Vital statistics of India. Vol. V, Reports of 1876 on armies & jails and on epidemic cholera
Year: 1876
Disease focus: Cholera
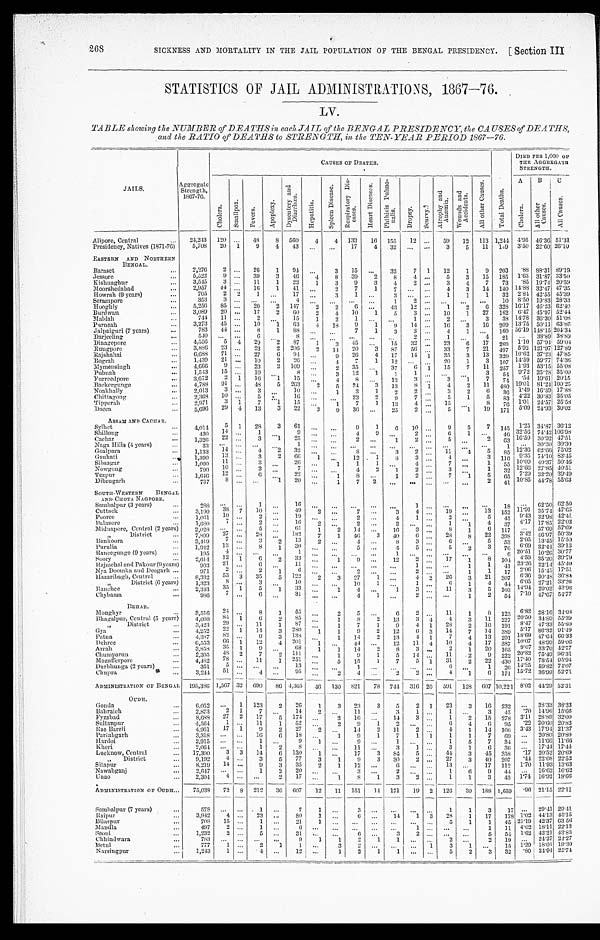
268
SICKNESS AND MORTALITY IN THE JAIL POPULATION OF THE BENGAL PRESIDENCY. [Section III
STATISTICS OF JAIL ADMINISTRATIONS, 1867—76.
LV.
TABLE showing the NUMBER of DEATHS in each JAIL of the BENGAL PRESIDENCY, the CAUSES of DEATHS,
and the RATIO of DEATHS to STRENGTH, in the TEN-YEAR PERIOD 1867—76.
JAILS.
A g g r e g a t e S t r e n g t h , 1 8 6 7 - 7 6 .
CAUSES OF DEATHS.
T o t a l D e a t h s .
DIED PER 1,000 O F T H E A G G R E G A T E
STRENGTH.
C h o l e r a . S m a l l p o x . F e v e r s .
A p o p l e x y .
D y s e n t e r y a n d D i a r r h œ a .
H e p a t i t i s .
S p l e e n D i s e a s e . R e s p i r a t o r y D i s - e a s e s .
H e a r t D i s e a s e s .
P h t h i s i s P u l m o - n a l i s .
D r o p s y . S c u r v y .
A t r o p h y a n d A n æ m i a .
W o u n d s a n d A c c i d e n t s .
A l l o t h e r C a u s e s .
A
B C
C h o l e r a .
Al l o t h e r Ca u s e s .
A l l C a u s e s .
Alipore, Central
24,243 120
48
8 560 4 4 133 16 155 12
59 12 113 1,244 4.95 46.36 51.31
Presidency, Natives (1871-76) 5,708 20 1 9 4 43
17 4 32
3 5
1 1 149 3.50 22.60 26.10
EASTERN AND NORTHERN
BENGAL.
Baraset
2,276 2
26 1 94
3 15
32 7 1 12 1 9 203 .88 88.31 89.19
J e s s o r e 5,522 9
39 3 46
4 8 39
2
8
4
5 3 15 185 1.63 31.87 33.50
Kishnaghur
3,545 3
11 1 22 1 3 9 3
4 2
3
4 7 73 .85 19.74 20.59
Moorshedabad
2,957 44
16 1 41
2 7 1
7
4 3 14 140 14.88 32.47 47.35
Howrah (9 years)
705 2 2 1
17
3
1
3
1 1 1 32 2.84 42.55 45.39
S e r a m p o r e
353
3
4
1
2
10 8.50 19.83 28.33
Hooghly
5,256 85
20 2 147
2 2 6
43 12
1 2
6 328 16.17 46.23 62.40
Burdwan
3,089 20
17 2 60 2 4 10 1 5 3
10 1 27 162
6 . 4 7 45.97 52.44
Maldah
744 11
2
15 1 2 1
1
2
3 38
1 4 . 7 8 36.30 51.08
Parneah 3,273 45
10 1 63 4 18 9 1
9 14
16 3 16 209 13.75 50.11 63.86
Jalpaiguri (7 years)
783 44
8 1 88
7 1 3 3
4 1
160 56.19 148.15 204.34
Darjeeling
540
6
8
2
1
4 21
38.89 38.89
D i n a g e p o r e 4,556 5 4 29 2
8 7 1
3
4 5
1 5 3 2
2 3 6
17
2 6 9 1.10 57.94 59.04
Rungpore
3,886 23
23 2 206
2
1 4 20 3
8 7
5 6
33
7 21
4 9 7 5.92 121.97 127.89
Rajshahai 6,688 71
27 6 94
9 26 4 17 14 1
3 5 3 13
3 2 0 10.62 37.23 47.85
Bograh 1,439 21
10 2 26
4
7 1 12
20 1 3 107 14.59 59.77 74.36
Mymensingh
4,666 9
23 2 109
2 35
3 7 6 1 15 7 11
2 5 7 1.93 53.15 55.08
Pubnah
1,543 15
10
8
3 12
1 1 1
3 54 9.72 25.28 35.00
Furreedpore
3,672
2 1 16 1 15
4
8
13 3
3 1 7 74 .54 19.61 20.15
Backergunge
4,788 91
48 5 263 2 5 24 3 13
8 1 4 2 11 480 19.01 81.24 100.25
Noakhally
2,013 3
3
10
1 3 1 2 2
3 2 6 36
1 . 4 9 16.39 17.88
Chittagong
2 , 3 6 8
1 0
5
16
23 2
9 7
5 1 5
8 3 4.22 30.83 35.05
Tipperah
2 , 9 7 1
3 1 7 1 15
1 7 1 13 4
15
8
7 6 1.01 24.57 25.58
Dacca
5,696 29 4 13 3 22 3 9 36
2 5 2
5 1 19 171 5.09 24.93 30.02
ASSAM AND CACHAR.
Sylhet
4,014 5 1 28 3 61
9 1
6 10
9 5
7 145 1.25 34.87 36.12
Shillong
430 14
1
9
4
9
2
6 1
4 6 32.56
7 4 . 4 2 106.98
Cachar 1,326
2 2
3 1 25
2
1
2
5
2 63 16.59 30.92 47.51
Naga Hills (4 years)
33
1
1
30.30 30.30
Goalpara
1,133 14
4
2
3 2
8
3
2
1 1
4 5
8 5 12.36 62.66 7 5 . 0 2
Gauhati
1,390 13
3 2 66 1
12
1
8
3
4
3
1 1 6 9.35 74.10 83.45
Sibsagar
1,090
1 1
3
26
1
1 1
4
7
1
5 5 10.09 40.37 50.46
Nowgong
790 10
2
7
4 2 1
2
3
1
3 2 12.66 27.85 40.51
Tezpur
1,646
1 2
6
2 2
1 8
1 2
7 1 5 65 7.29 32.20 39.49
Dibrugarh
737 8
1 20
1 7 2
2 41 10.85 44.78 55.63
SOUTH-WESTERN BENGAL
AND CHOTA NAGPORE.
Sambalpur (3 years)
288
1
16
1
18
6 2 . 5 0 62.50
Cuttack 3,190 38 7 10
49 2
7
3 4
19
13 152 11.91 35.74 47.65
Pooree 1,061
1 0
2
19
2
4 1
2
5 45
9 . 4 3 32.98 42.41
Balasore
1,680
7
2
16
2
2
2
1 1 4
3 7 4.17 17.85 22.02
Midnapore, Central (2 years) 2,028
5
61
1 2 14
16 3
8 1 6 117
57.69 57.69
„
District
7,899
2 7
2 8
1 8 2 7 1 46
3 40 6
28
8 22
3 9 8 3.42
4 6 . 9 7 50.39
Bankoor a
3,419
7
3 2 13
2
4
8 3
6
5
5 3 2.05 13.45 15.50
Purulia
1,942
1 3
8
1
3 0
5
4 5
5
2 3
7 6 6.69 32.44 39.13
Raneegunge (9 years)
195
4
1
1
6
2 0 . 5 1 10.26 30.77
S o o r y 2,614 12 1
6 2 33
1 9
12 2
17 1 8 10
4 4.59 35.20 39.79
Rajmehal and Pakour (9 years)
903 21
6
11
1
1 1
4 1 23.26 22.14 45.40
Nya Doomka and Deogarh
971
2
2 1
6
2
2
1 1 1 7 2.06 15.45 17.51
Hazaribagh, Central 8,332
5 3 3 35
5
1 2 2 2 3 27 1
4 2 26 3 21 307
6 . 3 6 30.48 36.84
„
District (6 years) 1,323
8
3
1 0
10 1
1
6 1 4 44
6 . 0 5
2 7 . 2 1
33.26
Ranchee 2,343
3 5 1 5 1 33
1 4
1
3
11 3 5 103 14.94 29.02 43.96
Chybassa
986
7
6
31
4 1
2
1 2 54 7.10 47.67 54.77
BEHAR.
Monghyr
3,516
2 4
8
1 55
2
5
6 2
11 1 8 123 6.82 28.16 34.98
Bhagalpur, Central (5 years)
4,098
8 4 1
6
2 85
1 8 2 13
3 4 4 3 11 227 20.50 34.89 55.39
„ District
3,423
2 9
11 1 87
1 7 1 9
4 1 28 2 10 191
8 . 4 7 47.33 55.80
Gya
4 , 2 5 2
2 2 1 14 3 280 1 1
9 2 12
6 3 14 7 14 389 5.17 86.32 91.49
Patna
4,387 82
9 3 138
1 14 2
1 3 4 1 7
4 13
2 9 1 18.69 47.64 66.33
Dehree
6,553
6 6 1 12 4 201
1
44
1 2 11 4 10 4 17 387
1 0 . 0 7 48.99 59.06
Arrah
3,858
3 5 1
9
6 8
1 1
1 4 2 8 3
2 1 20 165
9 . 0 7 33.70 42.77
Chumparun 2,305
4 8 2 7
2 111
1
9 1 5 14
11 2
9
2 2 2 2 0 . 8 2 75.49 96.31
Mozufferpore 4,482 78
11 1 251
5 15
1 7 5 1 31 2
2 2 4 3 0 1 7 . 4 0
7 8 . 5 4
95.94
Durbhunga (2 years)
351 5
13
1
6
1 26
1 4 . 2 5 59.82 74.07
Chupra
3,244 51
4
95
2
4
2 2
4 1 6 171 15.72 36.99 52.71
ADMINISTRATION OF BENGAL 195,386 1,567 32 690 86 4,365 46 130 821 78 744 316 20 591 128 607 10,221 8.02 44.29 52.31
O U D H .
G o n d a 6,052
1 123 2 26 1 3 23 3 5 2 1 23 3 16 232
38.33 38.33
Bahraich 2,873 2 1
7
14
2
11
3 1
1
3
4 5 .70 14.96 15.66
Fyzabad
8,688 27 2 17 5 174
2 16
14 3
1 2 15 278 3.11 28.89 32.00
Sultanpur
4,564 1
11 1 52
2 9 1
2
6 4
6 95 .22 20.60 20.82
Rae Bareli 4,961 17 1
9 2 27 2
14 2 11
2
4 1 14
1 0 6 3.43 17.94 21.37
Partabgarh
3,318
16
6
1 8
1 9 1 7 1 1 1 1 7 69
20.80 20.80
Hardoi
2,915
1
9
1
9
1
1 5 7 34
11.66 11.66
Kheri
2,064
1 2
8
11
3 1
3 1
6 36
17.44 17.44
Lucknow, Central 17,300 3 3 14
6 130 1
17
3
8 4 5
44 3 45 358 .17 20.52 20.69
„
D i s t r i c t
9,192
4
3 5 77 3 1 9 3 30 2
27 3 40 207
. 4 4 22.08 22.52
Sitapur
8,219 14
9 3 35 2 1 12
6
13
17 112 1.70 11.93 13.63
Nawabganj 2,647
1 2 20
3
2
1
6 9 44
16.62 16.62
U n a o
2,304
4
2 17
1
8 1 3 2
1 1 3 43 1.7416.92 18.66
ADMINISTRATION OF OUDH 75,038 72 8 212 36 607 12 11 151 14 171 19 2 126 30 188 1,659 .96 21.15 22.11
Sambalpur (7 years)
578
1
7 1
3
1 1 3 17
29.41 29.41
Raipur
3,942
4
23
80 1
6
14 1 3 28 1 17 178 1.02 44.13 45.15
Bilaspur
708 15
1
21 1
5 1 1 45 21.19 42.37 63 56
Mandla
497
2
1
1 11 4.02 18.11 22.13
S e o n i 1,232 2
5
31
6
3 2
5 54 1.62 42.21 43.83
Chhindwara
783
9 1 1 2 1 1
2
2 19
24.27 24.27
B e t u l
777 1
2 1 1
3
2
3 1
15 1.29 18.01 19.30
Narsingpur
1,243
1
4
12
1 2
1
1
5 2 3 32 .80 24.94 25.74